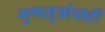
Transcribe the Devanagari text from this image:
गुणसूत्रांचाही